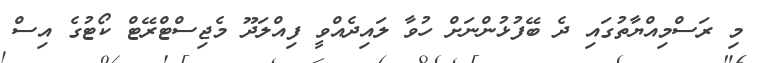
މި ރަސްމިއްޔާތުގައި ދެ ބޭފުޅުންނަށް ހުވާ ލައިދެއްވީ ފިއްލަދޫ މެޖިސްޓްރޭޓް ކޯޓުގެ އިސް